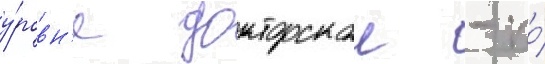
у́ровн'е докторскои - по́